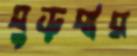
বুড়বার